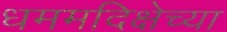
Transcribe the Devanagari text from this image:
धममदिक्षेच्या